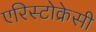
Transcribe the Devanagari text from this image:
एरिस्टोक्रेसी